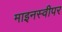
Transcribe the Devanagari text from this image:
माइनस्वीपर